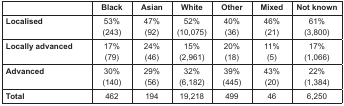
|  | Black | Asian | White | Other | Mixed | Not known |
 | --- | --- | --- | --- | --- | --- | --- |
 | <ROWSPAN=2> Localised | 53% | 47% | 52% | 40% | 46% | 61% |
 | (243) | (92) | (10,075) | (36) | (21) | (3,800) |
 | <ROWSPAN=2> Locally advanced | 17% | 24% | 15% | 20% | 11% | 17% |
 | (79) | (46) | (2,961) | (18) | (5) | (1,066) |
 | <ROWSPAN=2> Advanced | 30% | 29% | 32% | 39% | 43% | 22% |
 | (140) | (56) | (6,182) | (445) | (20) | (1,384) |
 | Total | 462 | 194 | 19,218 | 499 | 46 | 6,250 |